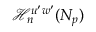
\mathcal { H } _ { n } ^ { u ^ { \prime } w ^ { \prime } } ( N _ { p } )